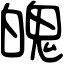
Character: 魄